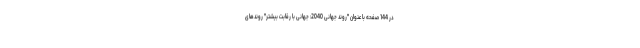
در 144 صفحه با عنوان "روند جهانی 2040: جهانی با رقابت بیشتر" روندهای